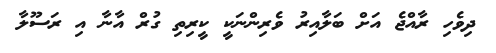
ދިވެހި ރާއްޖެ އަށް ބަލާއިރު ވެރިންނަކީ ކީރިތި ގުރް އާނާ އި ރަސޫލާ